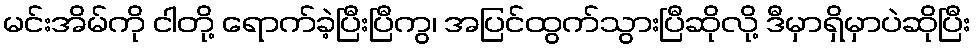
မင်းအိမ်ကို ငါတို့ ရောက်ခဲ့ပြီးပြီကွ၊ အပြင်ထွက်သွားပြီဆိုလို့ ဒီမှာရှိမှာပဲဆိုပြီး